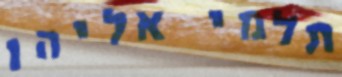
תלמי אליהו